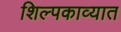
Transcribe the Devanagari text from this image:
शिल्पकाव्यात